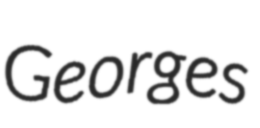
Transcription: Georges